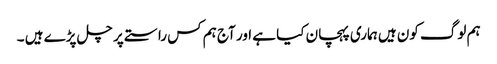
ہم لوگ کون ہیں ہماری پہچان کیا ہے اور آج ہم کس راستے پر چل پڑے ہیں ۔